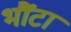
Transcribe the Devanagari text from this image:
भौंटा